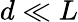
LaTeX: d\ll L